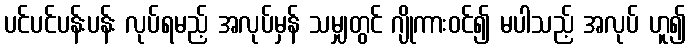
ပင်ပင်ပန်းပန်း လုပ်ရမည့် အလုပ်မှန် သမျှတွင် ဂျိုကားဝင်၍ မပါသည့် အလုပ် ဟူ၍